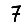
Digit: 7